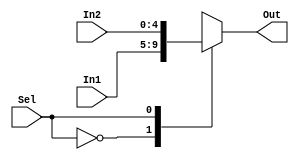
module Mult2to1 (In1,In2,Sel,Out);
	input [4:0] In1, In2;           // two 32-bit inputs
	input Sel; 				 // selector signal 2 bits
	output reg [4:0] Out; 			 // 32-bit output
	always @(Sel,In2,In1)
		case (Sel) 					
			0: Out =  In1;			
			1: Out =  In2;			
		endcase
endmodule